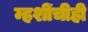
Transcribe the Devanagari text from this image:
म्हशींचीही